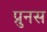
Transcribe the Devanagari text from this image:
प्रुनस